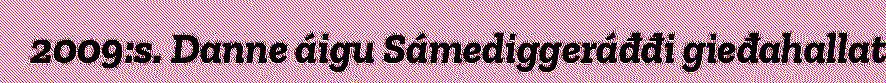
2009:s. Danne áigu Sámediggeráđđi gieđahallat